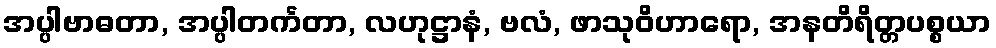
အပ္ပါဗာဓတာ, အပ္ပါတင်္ကတာ, လဟုဋ္ဌာနံ, ဗလံ, ဖာသုဝိဟာရော, အနတိရိတ္တပစ္စယာ